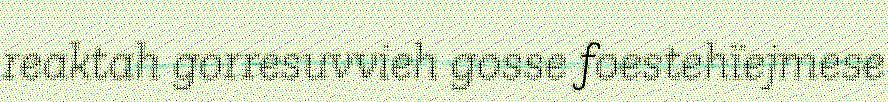
reaktah gorresuvvieh gosse foestehïejmese